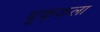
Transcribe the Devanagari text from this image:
दृक्‌कला